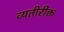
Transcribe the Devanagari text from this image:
व्यतीरीक्त